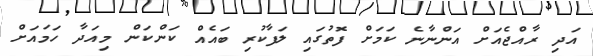
އަދި ރާއްޖެއަށް އަންނާނެ ކަމަށް ފޮތުގައި ލަފާކުރި ބައެއް ކަންކަން މިއަދާ ހަމައަށް